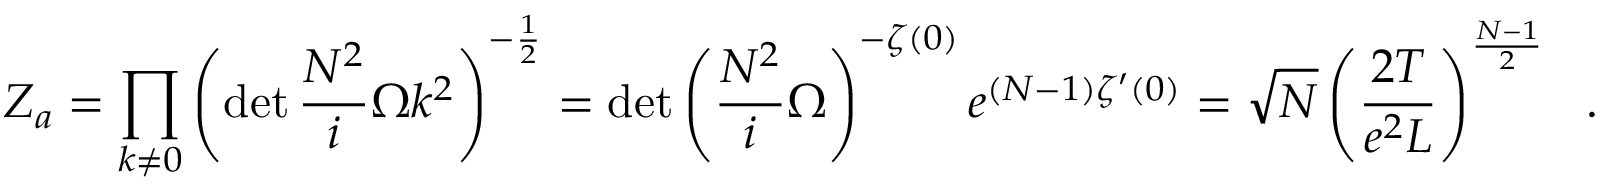
Z _ { a } = \prod _ { k \neq 0 } \left( \operatorname * { d e t } \frac { N ^ { 2 } } { i } \Omega k ^ { 2 } \right) ^ { - \frac { 1 } { 2 } } = \operatorname * { d e t } \left( \frac { N ^ { 2 } } { i } \Omega \right) ^ { - \zeta ( 0 ) } e ^ { ( N - 1 ) \zeta ^ { \prime } ( 0 ) } = \sqrt { N } \left( \frac { 2 T } { e ^ { 2 } L } \right) ^ { \frac { N - 1 } { 2 } } \ \ .